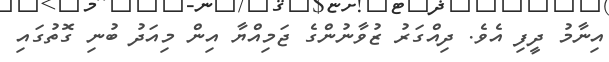
އިނާމު ދީފި އެވެ. ދިއްގަރު ޒުވާނުންގެ ޖަމިއްޔާ އިން މިއަދު ބުނި ގޮތުގައި